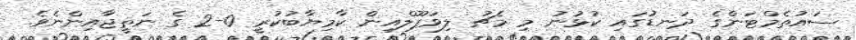
ސައުތެމްޓަންގެ ދަނޑުގައި ކުޅުނު މި މެޗު ލިވަޕޫލްއިން ކާމިޔާބުކުރީ 0-2 ގެ ނަތީޖާއިންނެވެ.